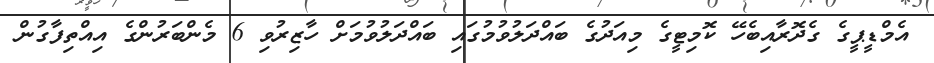
އެމްޑީޕީގެ ގެދޮރާއިބެހޭ ކޮމިޓީގެ މިއަދުގެ ބައްދަލުވުމުގައި ބައްދަލުވުމަށް ހާޒިރުވި 6 މެންބަރުންގެ އިއްތިފާގުން